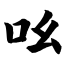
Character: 吆